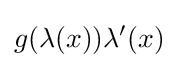
g(\lambda (x))\lambda '(x)